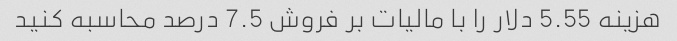
هزینه 5.55 دلار را با مالیات بر فروش 7.5 درصد محاسبه کنید